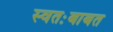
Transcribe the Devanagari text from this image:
स्वतःबाबत